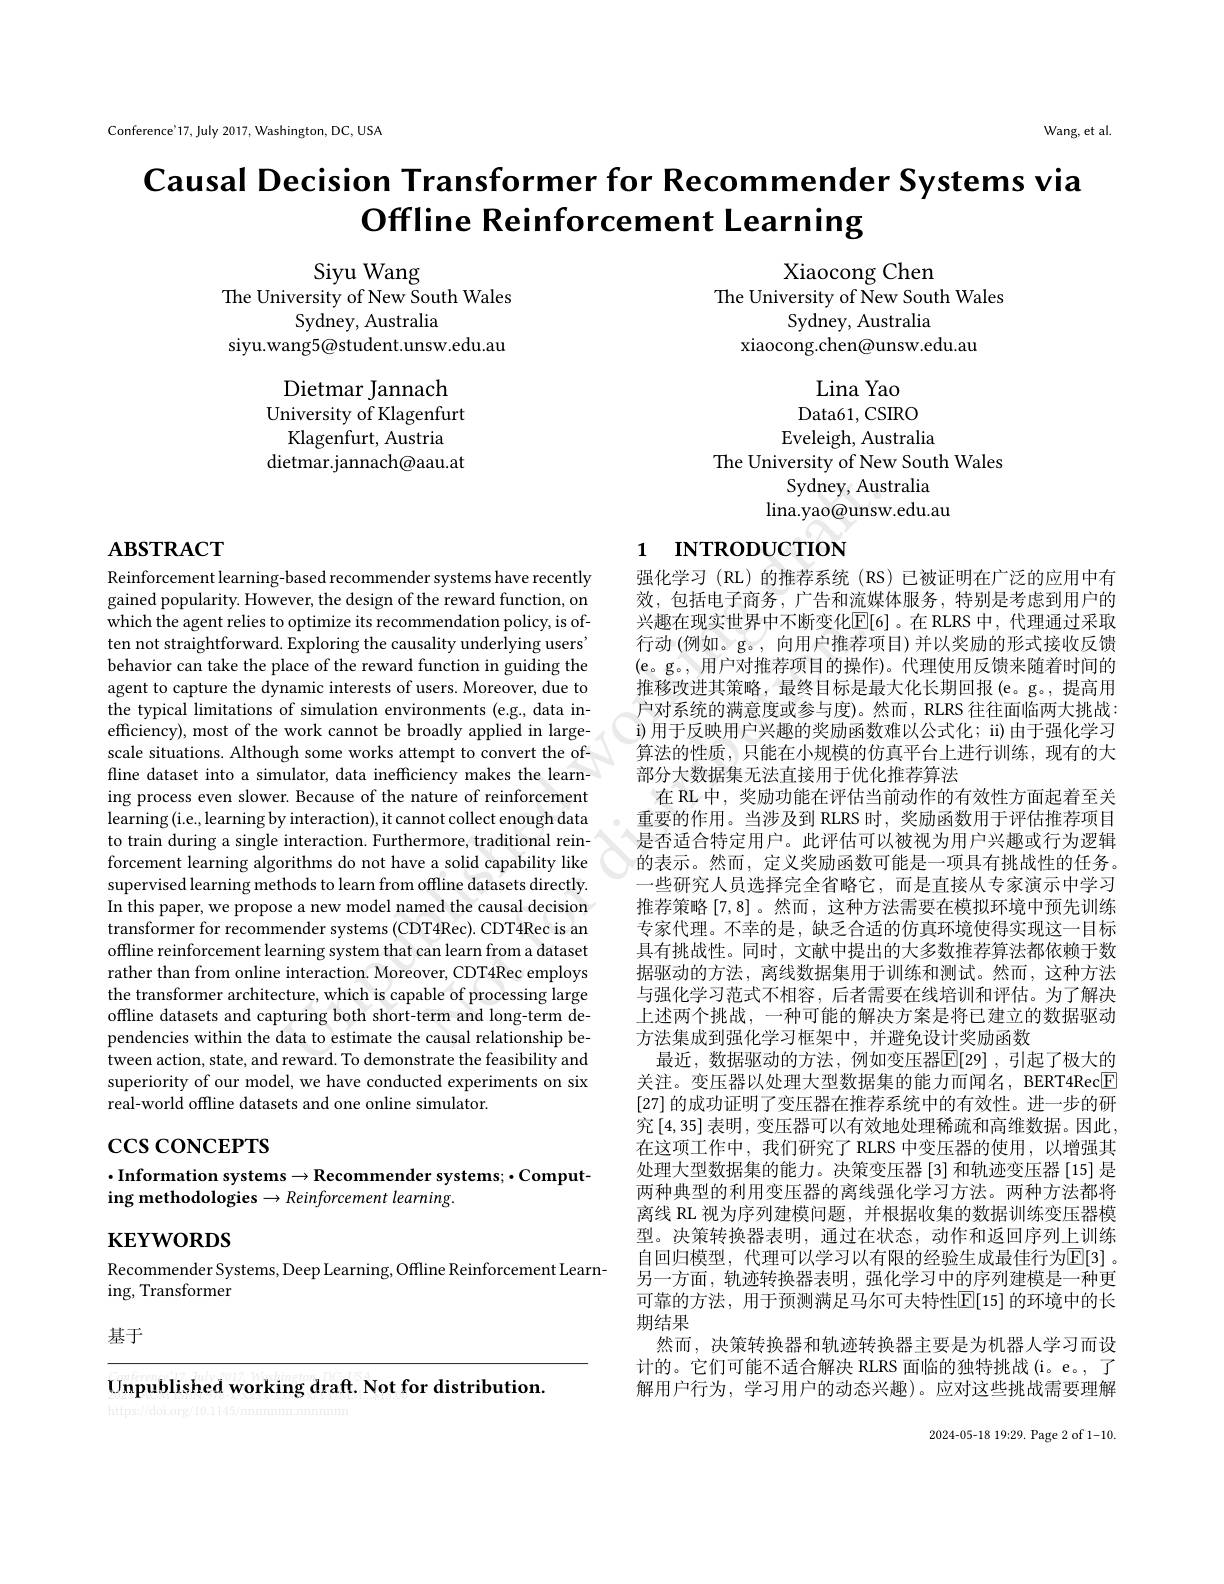
Conference'17, July 2017, Washington, DC, USA

Wang, et al.

Causal Decision Transformer for Recommender Systems via
Offline Reinforcement Learning

Siyu Wang
The University of New South Wales
Sydney, Australia
siyu.wang5@student.unsw.edu.au

Xiaocong Chen
The University of New South Wales
Sydney, Australia
xiaocong.chen@unsw.edu.au

Dietmar Jannach University of Klagenfurt Klagenfurt, Austria
dietmar.jannach@aau.at

Lina Yao Data61, CSIRO Eveleigh, Australia
The University of New South Wales
Sydney, Australia
lina.yao@unsw.edu.au

# 1 INTRODUCTION

# $\mathbf{ABSTRACT}$

Reinforcement learning-based recommender systems have recently gained popularity. However, the design of the reward function, on which the agent relies to optimize its recommendation policy, is often not straightforward. Exploring the causality underlying users' behavior can take the place of the reward function in guiding the agent to capture the dynamic interests of users. Moreover, due to the typical limitations of simulation environments (e.g., data inefficiency), most of the work cannot be broadly applied in largescale situations. Although some works attempt to convert the offline dataset into a simulator, data inefficiency makes the learning process even slower. Because of the nature of reinforcement learning (i.e., learning by interaction), it cannot collect enough data to train during a single interaction. Furthermore, traditional reinforcement learning algorithms do not have a solid capability like supervised learning methods to learn from offline datasets directly. In this paper, we propose a new model named the causal decision transformer for recommender systems (CDT4Rec). CDT4Rec is an offline reinforcement learning system that can learn from a dataset rather than from online interaction. Moreover, CDT4Rec employs the transformer architecture, which is capable of processing large offline datasets and capturing both short-term and long-term dependencies within the data to estimate the causal relationship between action, state, and reward. To demonstrate the feasibility and superiority of our model, we have conducted experiments on six real-world offline datasets and one online simulator.

强化学习(RL)的推荐系统(RS)已被证明在广泛的应用中有效，包括电子商务，广告和流媒体服务，特别是考虑到用户的兴趣在现实世界中不断变化$\mathbb{E}[6]$。在 RLRS 中，代理通过采取行动(例如。g。, 向用户推荐项目)并以奖励的形式接收反馈(e。g。,用户对推荐项目的操作)。代理使用反馈来随着时间的推移改进其策略，最终目标是最大化长期回报(e。g。,提高用户对系统的满意度或参与度)。然而，RLRS 往往面临两大挑战： i)用于反映用户兴趣的奖励函数难以公式化；ii)由于强化学习算法的性质，只能在小规模的仿真平台上进行训练，现有的大部分大数据集无法直接用于优化推荐算法
在 RL 中，奖励功能在评估当前动作的有效性方面起着至关重要的作用。当涉及到 RLRS 时，奖励函数用于评估推荐项目是否适合特定用户。此评估可以被视为用户兴趣或行为逻辑的表示。然而，定义奖励函数可能是一项具有挑战性的任务。一些研究人员选择完全省略它，而是直接从专家演示中学习推荐策略[7,8] 。然而 ,这种方法需要在模拟环境中预先训练专家代理。不幸的是，缺乏合适的仿真环境使得实现这一目标具有挑战性。同时，文献中提出的大多数推荐算法都依赖于数据驱动的方法，离线数据集用于训练和测试。然而，这种方法与强化学习范式不相容，后者需要在线培训和评估。为了解决上述两个挑战，一种可能的解决方案是将已建立的数据驱动方法集成到强化学习框架中，并避免设计奖励函数
最近，数据驱动的方法，例如变压器$\mathbb{E}[$29],引起了极大的关注。变压器以处理大型数据集的能力而闻名，BERT4Rec$\boxed{\mathrm{F}}$ [27]的成功证明了变压器在推荐系统中的有效性。进一步的研究$\left[4,35\right]$表明，变压器可以有效地处理稀疏和高维数据。因此， 在这项工作中，我们研究了 RLRS 中变压器的使用，以增强其处理大型数据集的能力。决策变压器[3]和轨迹变压器[15]是两种典型的利用变压器的离线强化学习方法。两种方法都将离线 RL 视为序列建模问题，并根据收集的数据训练变压器模型。决策转换器表明，通过在状态，动作和返回序列上训练自回归模型，代理可以学习以有限的经验生成最佳行为$\mathbb{E}[3]$ 。另一方面，轨迹转换器表明，强化学习中的序列建模是一种更可靠的方法，用于预测满足马尔可夫特性$\mathbb{E}[$15] 的环境中的长期结果
然而，决策转换器和轨迹转换器主要是为机器人学习而设计的。它们可能不适合解决 RLRS 面临的独特挑战(i。e。,了解用户行为，学习用户的动态兴趣)。应对这些挑战需要理解

# $\csc\csc$coNCEPTS

## $\cdot$Information systems$\to$Recommender systems;$\cdot$Computing methodologies $\to Reinforcement$ learning.

$\mathbf{KEYWORDS}$

Recommender Systems, Deep Learning, Offline Reinforcement Learn-
ing, Transformer

基于

Unpublished working draft. Not for distribution.

2024-05-18 19:29. Page 2 of 1-10